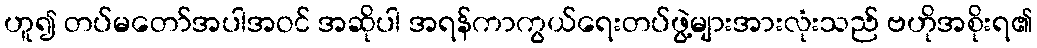
ဟူ၍ တပ်မတော်အပါအဝင် အဆိုပါ အရန်ကာကွယ်ရေးတပ်ဖွဲ့များအားလုံးသည် ဗဟိုအစိုးရ၏